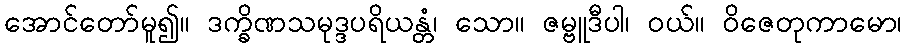
အောင်တော်မူ၍။ ဒက္ခိဏသမုဒ္ဒပရိယန္တံ၊ သော။ ဇမ္ဗူဒီပါ၊ ဝယ်။ ဝိဇေတုကာမော၊